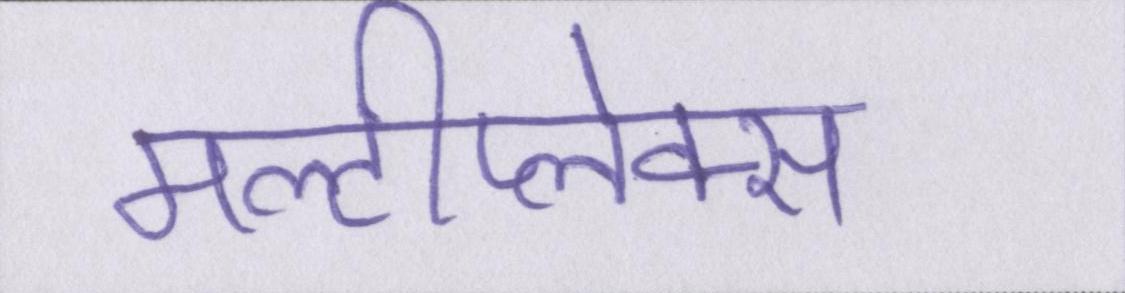
मल्टीप्लेक्स